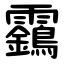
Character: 靎